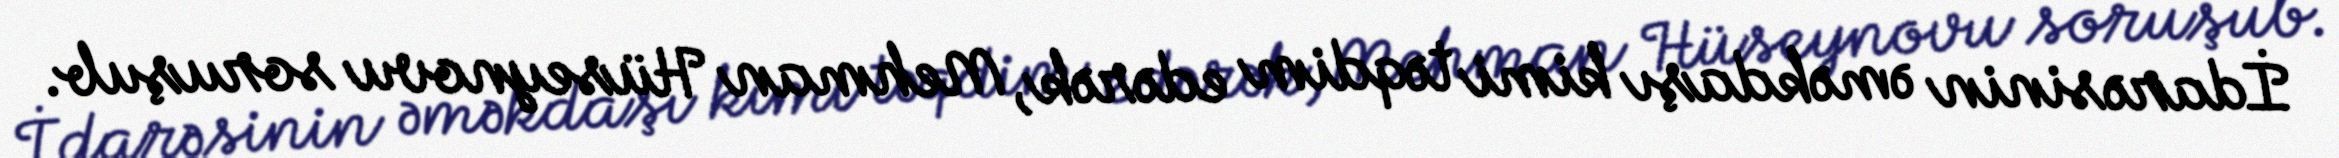
İdarəsinin əməkdaşı kimi təqdim edərək, Mehman Hüseynovu soruşub.